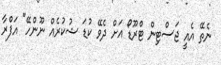
ނެތޭ އެއީ ޖަސްޓިން ޓްރޫޑޯ އަށް ދެވޭ ކުޑަ ޝުކުރެއް ނޫންހޭ" އަފްރާ